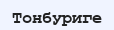
Тонбуриге